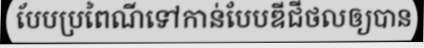
បែបប្រពៃណីទៅកាន់បែបឌីជីថលឲ្យបាន